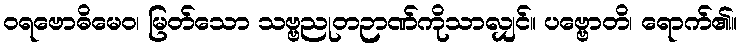
ဝရဗောဓိမေဝ၊ မြတ်သော သဗ္ဗညုတဉာဏ်ကိုသာလျှင်။ ပဗ္ဗောတိ၊ ရောက်၏။